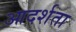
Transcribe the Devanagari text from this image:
आदर्शता